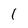
Character: 1